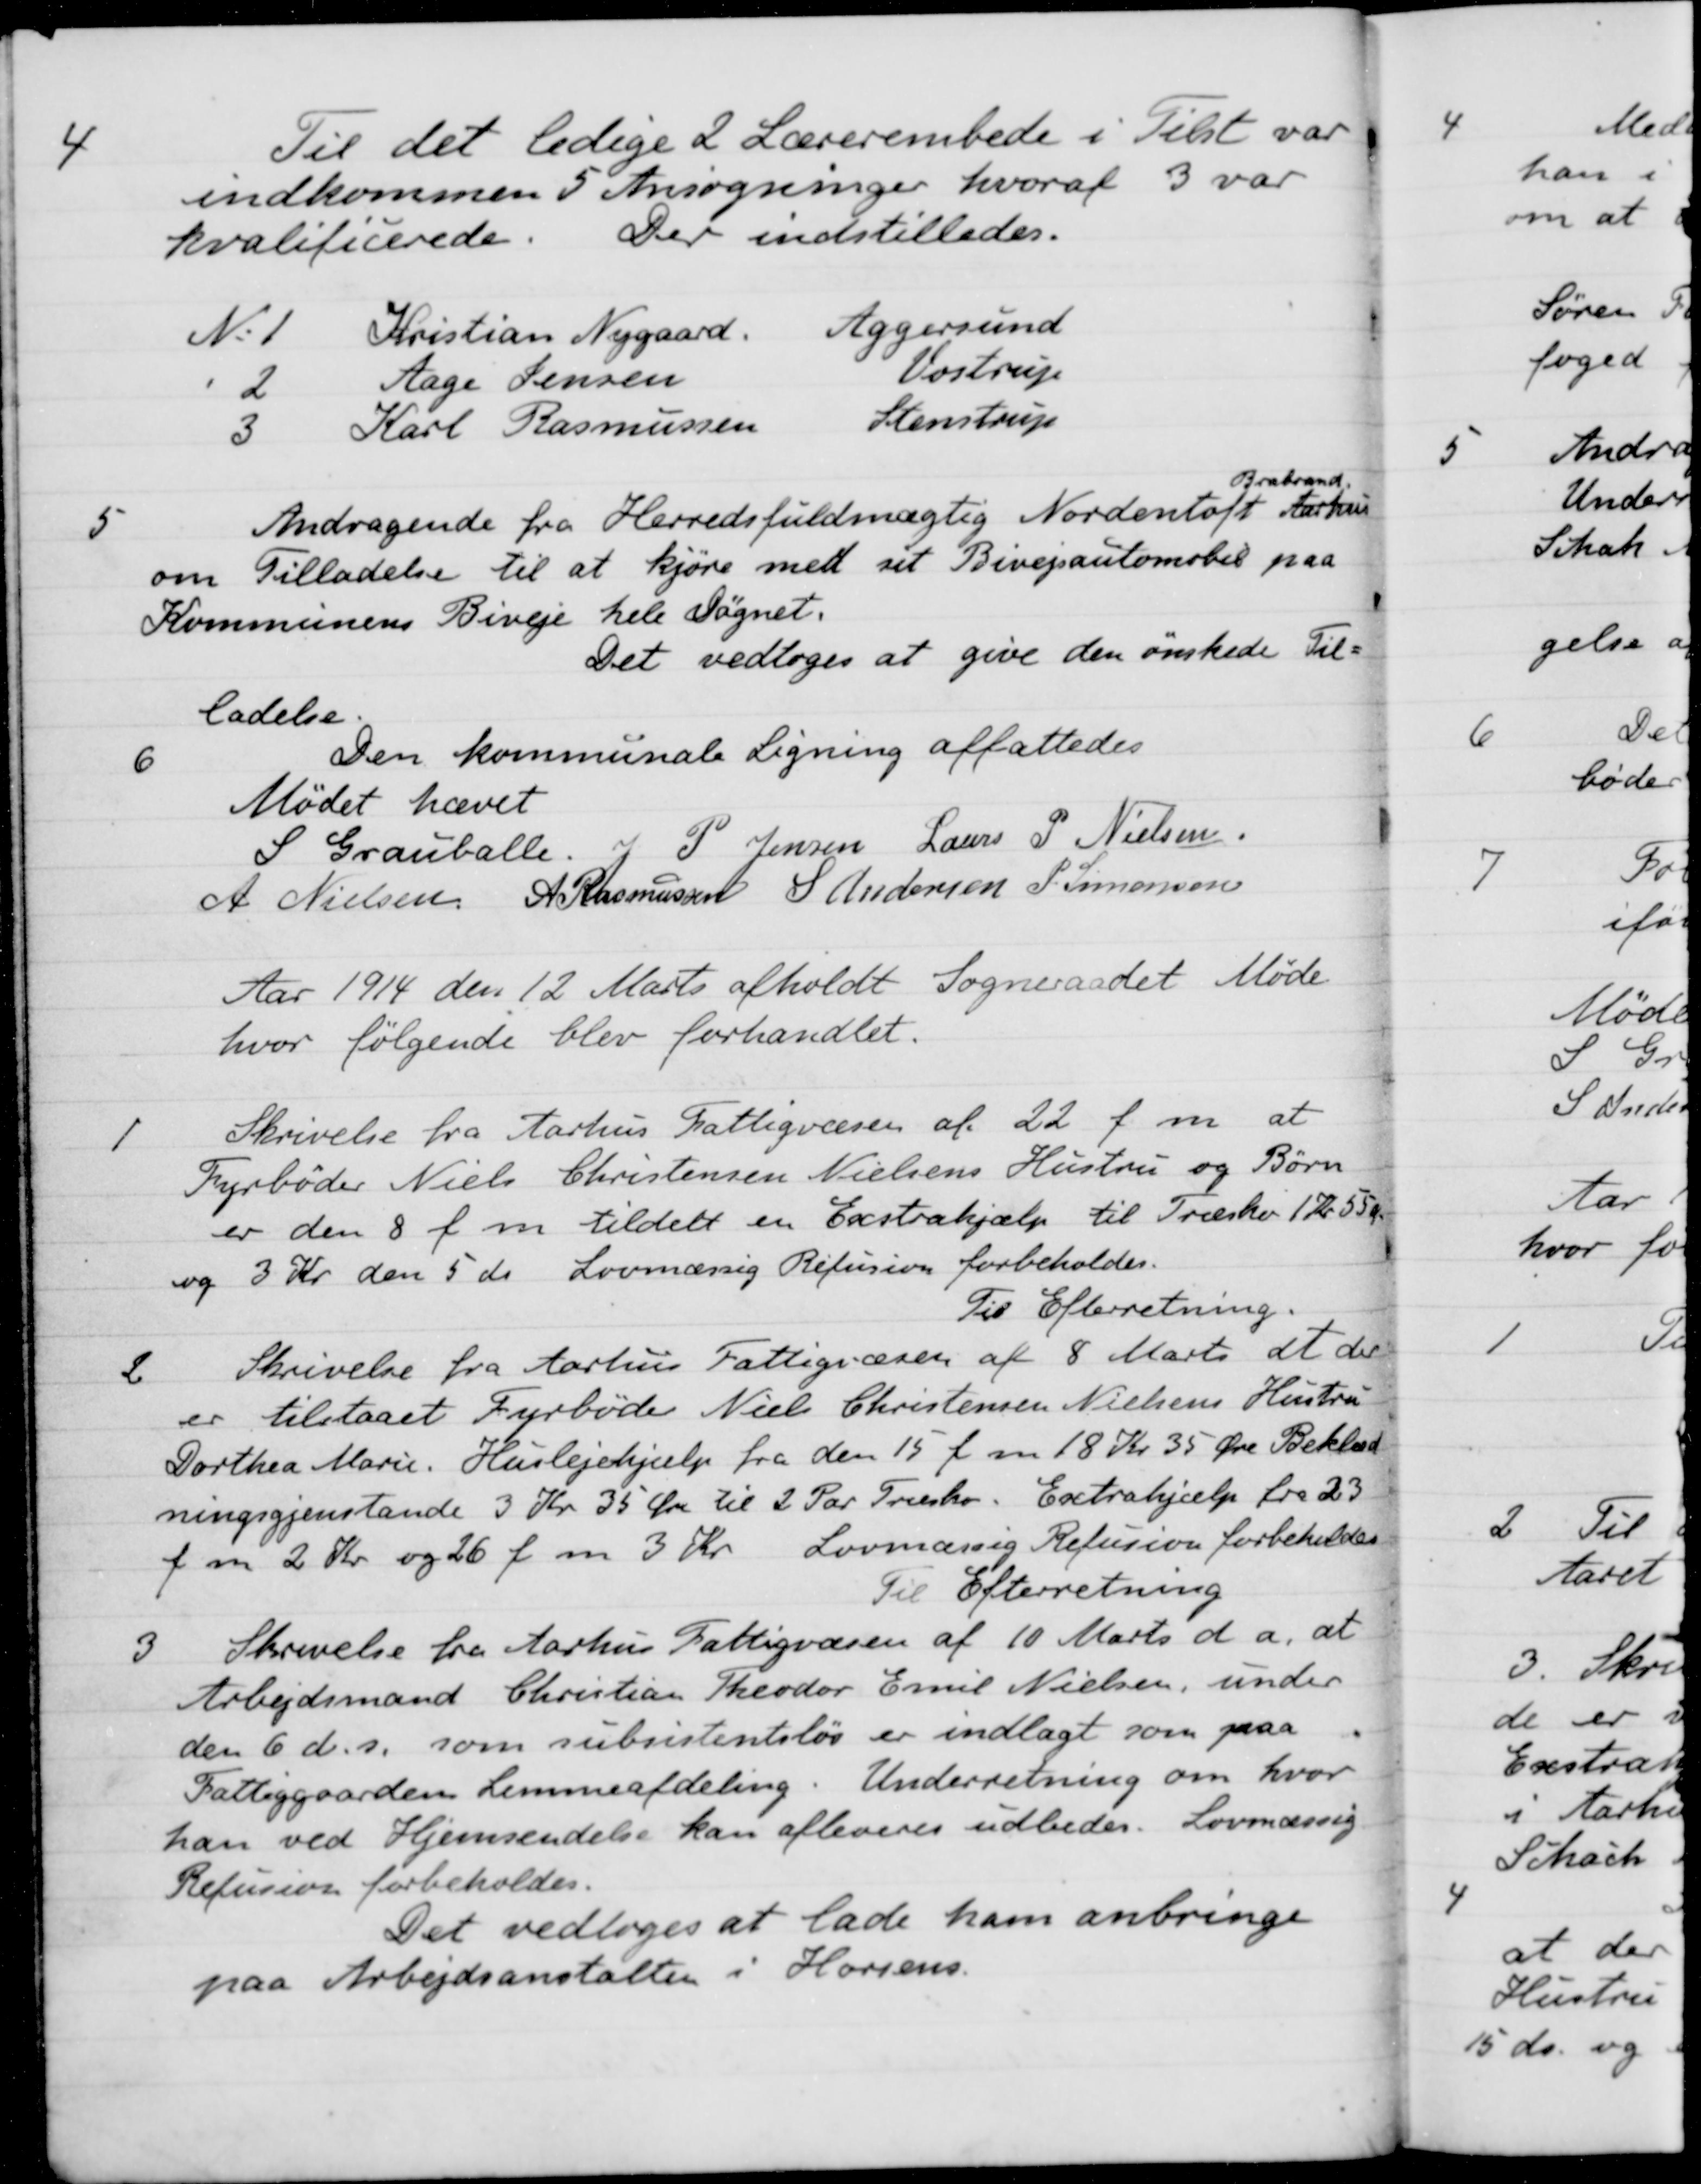
Transskription:
4
Til det ledige 2 Lærerembede i Tilst var
indkommen 5 Ansøgninger hvoraf 3 var
kvalificerede.
Der indstilledes.
N. 1
Kristian Nygaard
Aggersund
2
Aage Jensen
Vostrup
3
Karl Rasmussen
Stenstrup
5
Andragende fra Herredsfuldmægtig Nordentoft
Brabrand.
Aarhus
om Tilladelse til at kjøre med sit Bivejsautomobil paa
Kommunens Biveje hele Døgnet.
Det vedtoges at give den ønskede Til-
ladelse.
6
Den kommunale Ligning affattedes
Mødet hævet
S. Grauballe.
J. P. Jensen
Laurs P Nielsen
A Nielsen
A Rasmussen
S Andersen
P Simonsen
Aar 1914 den 12 Marts afholdt Sogneraadet Møde
hvor følgende blev forhandlet.
1
Skrivelse fra Aarhus Fattigvæsen af 22 f. m. at
Fyrbøder Niels Christensen Nielsens Hustru og Børn
er den 8 f. m. tildelt en Exstrahjælp til Træsko 1 Kr. 55 Ør
og 3 Kr den 5 ds. Lovmæssig Refusion forbeholdes.
Til Efterretning.
2
Skrivelse fra Aarhus Fattigvæsen af 8 Marts at der
er tilstaaet Fyrbøder Niels Christensen Nielsens Hustru
Dorthea Marie. Huslejehjælp fra den 15 f. m. 18 Kr. 35 Øre Beklæd-
ningsgjenstande 3 Kr 35 Øre til 2 Par Træsko. Extrahjælp fra 23
f m 2 Kr. og 26 f. m 3 Kr. Lovmæsig Refusion forbeholdes
Til Efterretning
3
Skrivelse fra Aarhus Fattigvæsen af 10 Marts d a. at
Arbejdsmand Christian Theodor Emil Nielsen, under
den 6 ds. som subsistentsløs er indlagt som paa
Fattiggaarden Lemmeafdeling. Underretning om hvor
han ved Hjemsendelse kan afleveres udbedes. Lovmæssig
Refusion forbeholdes.
Det vedtoges at lade ham anbringe
paa Arbejdsanstalten i Horsens.